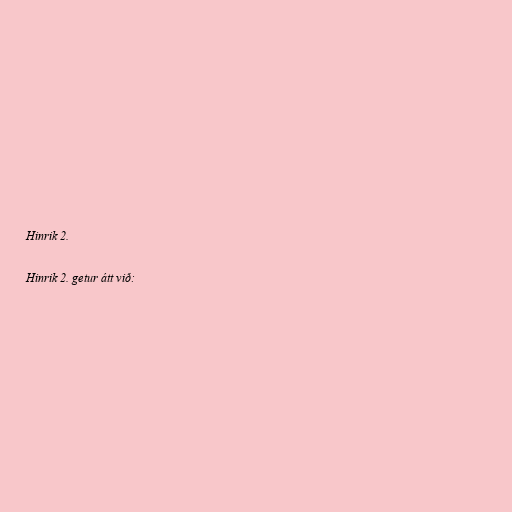
Hinrik 2.

Hinrik 2. getur átt við: